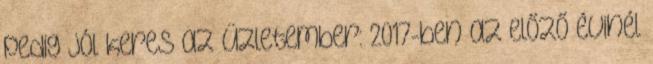
pedig jól keres az üzletember: 2017-ben az előző évinél